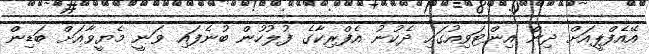
އޭއެފްޕީއަށް ދިން އިންޓަވިއުގައި ދެކުނު އެފްރިކާގެ ފުލުހުން ބުނެފައި ވަނީ މެޔީވާއަށް ބަޑިން